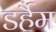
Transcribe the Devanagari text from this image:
डर्हैम